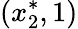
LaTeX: (x_{2}^{*},1)